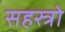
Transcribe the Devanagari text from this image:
सहस्त्रो